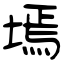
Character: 墕